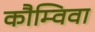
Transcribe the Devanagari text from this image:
कौम्विवा